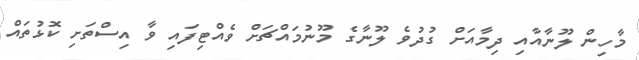
މާހިން ލޫނާއާއި ދިމާއަށް ގުދުވެ ލޫނާގެ މޫނުމައްޗަށް ވެއްޓިފައި ވާ އިސްތަށި ކޮޅުތައް